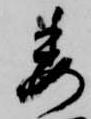
委